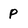
Character: P